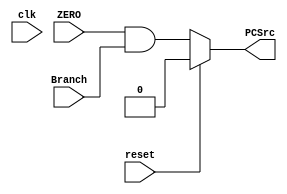

module memory_access(clk,reset,Branch,ZERO,PCSrc);
	
	input clk,reset,Branch,ZERO;
	output PCSrc;

	reg PCSrc;

	
	always @(*) begin
		if (reset)
			PCSrc = 0;
		else
			PCSrc = (ZERO & Branch);
	end
	
endmodule